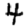
Digit: 4